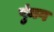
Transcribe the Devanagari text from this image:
पुंमग